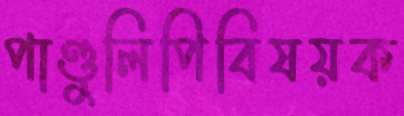
পাণ্ডুলিপিবিষয়ক